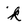
Character: k